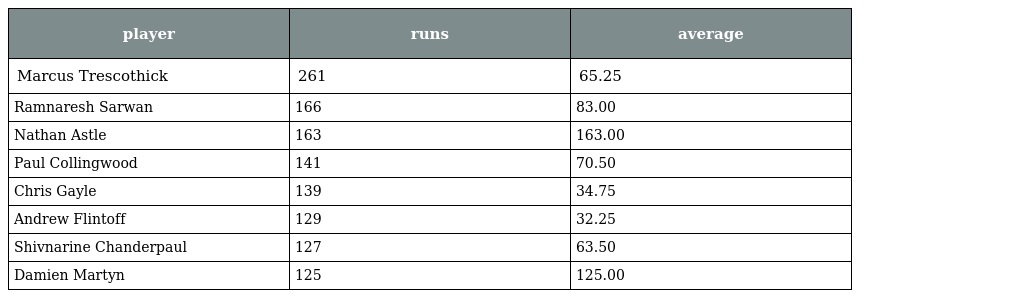
| player | runs | average |
 | --- | --- | --- |
 | Marcus Trescothick | 261 | 65.25 |
 | Ramnaresh Sarwan | 166 | 83.00 |
 | Nathan Astle | 163 | 163.00 |
 | Paul Collingwood | 141 | 70.50 |
 | Chris Gayle | 139 | 34.75 |
 | Andrew Flintoff | 129 | 32.25 |
 | Shivnarine Chanderpaul | 127 | 63.50 |
 | Damien Martyn | 125 | 125.00 |